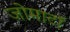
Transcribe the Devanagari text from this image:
जोमाटॉ